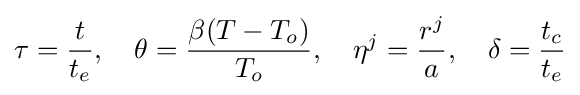
\tau ={\frac {t}{t_{e}}},\quad \theta ={\frac {\beta (T-T_{o})}{T_{o}}},\quad \eta ^{j}={\frac {r^{j}}{a}},\quad \delta ={\frac {t_{c}}{t_{e}}}